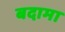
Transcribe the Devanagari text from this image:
बदामा